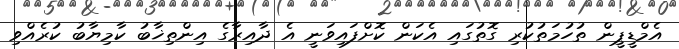
އެމްޑީޕީން ތުހުމަތުކުރި ގޮތުގައި އެކަން ކޮށްފައިވަނީ އެ ދާއިރާގެ އިންތިޚާބު ކާމިޔާބު ކުރެއްވި